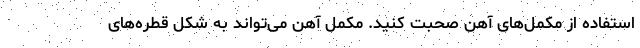
استفاده از مکمل‌های آهن صحبت کنید. مکمل آهن می‌تواند به شکل قطره‌های